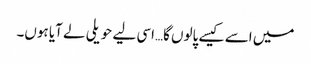
میں اسے کیسے پالوں گا…اسی لیے حویلی لے آیا ہوں۔